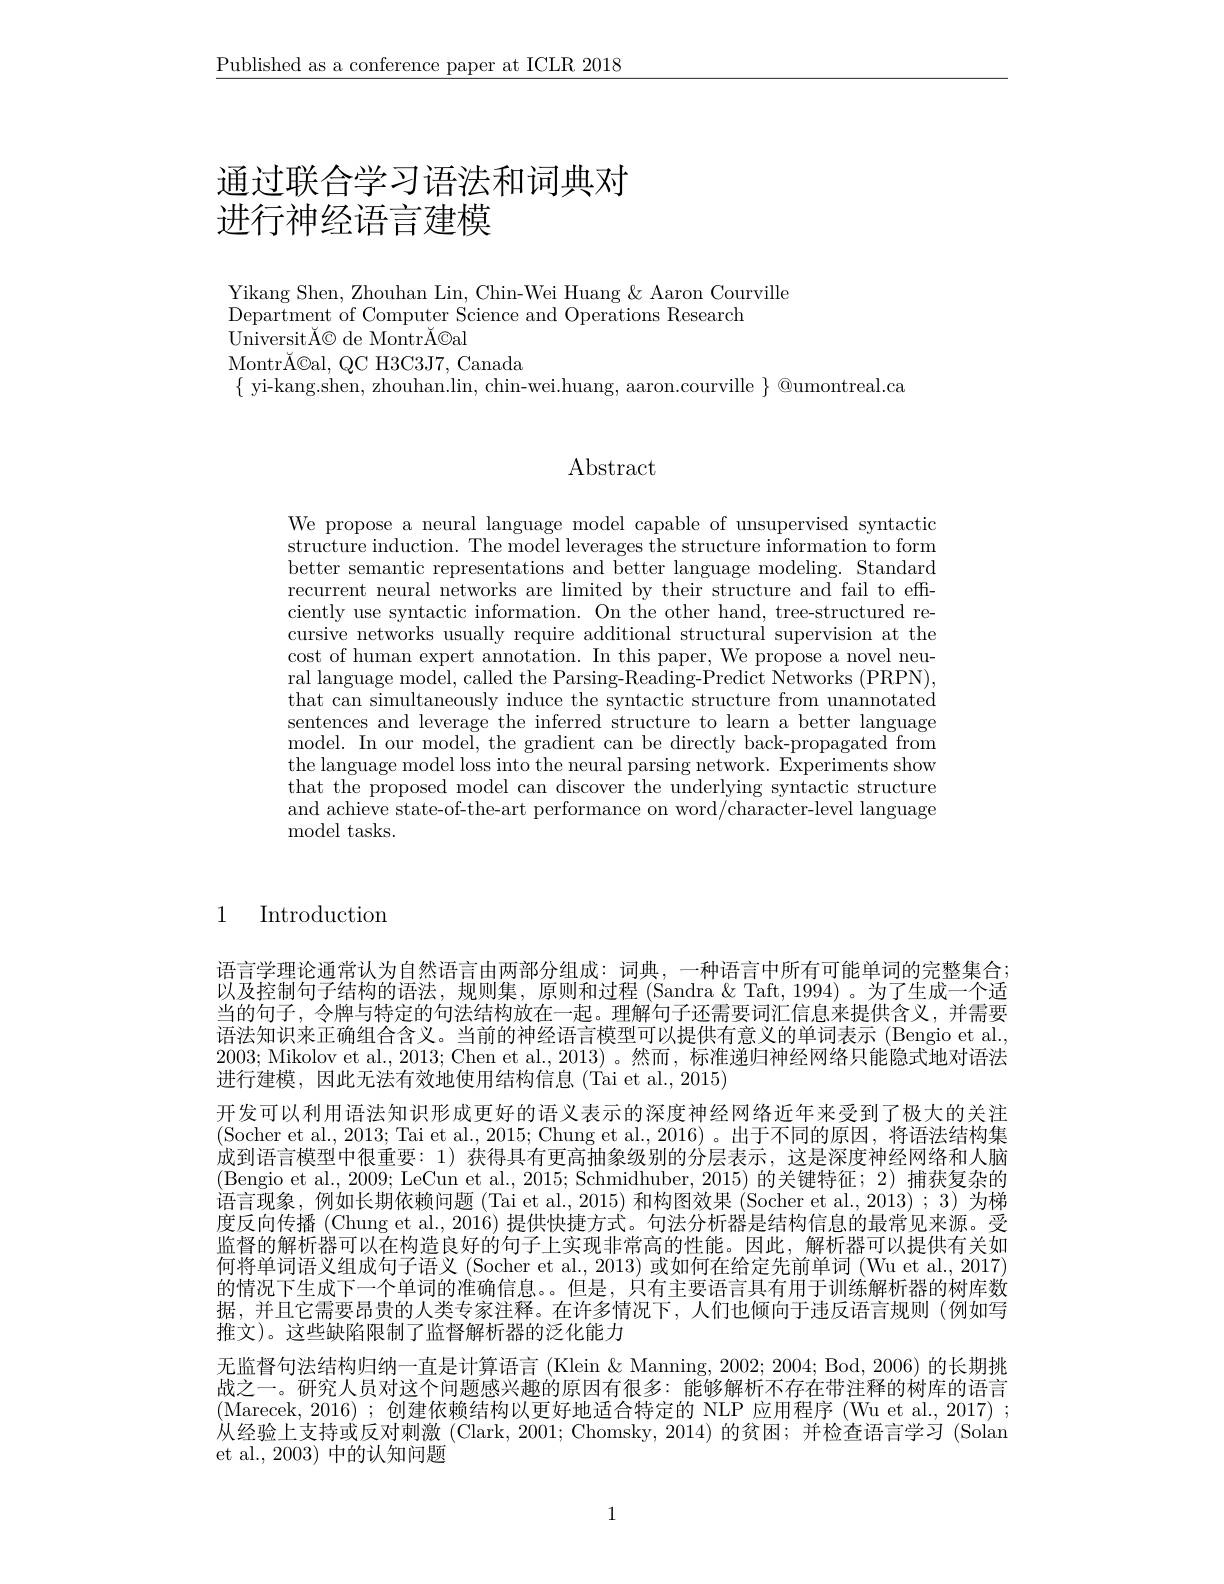
$\underline{\text{Published as a conference paper at ICLR 2018}}$

# 通过联合学习语法和词典对进行神经语言建模

Yikang Shen, Zhouhan Lin, Chin-Wei Huang & Aaron Courville
$\bar{\text{Department of Computer Science and Operations Research}}$
UniversitĂ© de MontrĂ©al
Montr$\tilde{A} ©$al, QCH3C3J7, Canada
$\{$ yi-kang.shen, zhouhan.lin, chin-wei.huang, aaron.courville $\}$ @umontreal.ca

# Abstract

We propose a neural language model capable of unsupervised syntactic $\dot{\text{structure induction. The model leverages the structure information to form}}$ better semantic representations and better language modeling. Standard recurrent neural networks are limited by their structure and fail to efficiently use syntactic information. On the other hand, tree-structured recursive networks usually require additional structural supervision at the cost of human expert annotation. In this paper, We propose a novel neural language model, called the Parsing-Reading-Predict Networks (PRPN), that can simultaneously induce the syntactic structure from unannotated sentences and leverage the inferred structure to learn a better language model. In our model, the gradient can be directly back-propagated from the language model loss into the neural parsing network. Experiments show that the proposed model can discover the underlying syntactic structure and achieve state-of-the-art performance on word/character-level language ${\mathrm{model~tasks.}}$

1 Introduction

语言学理论通常认为自然语言由两部分组成：词典，一种语言中所有可能单词的完整集合： 以及控制句子结构的语法，规则集，原则和过程 (Sandra &Taft,1994)。为了生成一个适当的句子，令牌与特定的句法结构放在一起。理解句子还需要词汇信息来提供含义，并需要语法知识来正确组合含义。当前的神经语言模型可以提供有意义的单词表示 (Bengio et al. 2003; Mikolov et al., 2013; Chen et al., 2013) 。然而 , 标准递归神经网络只能隐式地对语法进行建模，因此无法有效地使用结构信息(Tai et al.,2015)
开发可以利用语法知识形成更好的语义表示的深度神经网络近年来受到了极大的关注(Socher et al., 2013; Tai et al., 2015; Chung et al., 2016)。出于不同的原因，将语法结构集成到语言模型中很重要：1) 获得具有更高抽象级别的分层表示，这是深度神经网络和人脑(Bengio et al., 2009; LeCun et al., 2015; Schmidhuber, 2015) 的关键特征；2) 捕获复杂的语言现象，例如长期依赖问题(Tai et al., 2015) 和构图效果 (Socher et al., 2013); 3) 为梯度反向传播 (Chung et al., 2016) 提供快捷方式。句法分析器是结构信息的最常见来源。受监督的解析器可以在构造良好的句子上实现非常高的性能。因此，解析器可以提供有关如何将单词语义组成句子语义 (Socher et al., 2013) 或如何在给定先前单词 (Wu et al., 2017) 的情况下生成下一个单词的准确信息。。但是，只有主要语言具有用于训练解析器的树库数据，并且它需要昂贵的人类专家注释。在许多情况下，人们也倾向于违反语言规则(例如写推文)。这些缺陷限制了监督解析器的泛化能力
无监督句法结构归纳一直是计算语言 (Klein & Manning, 2002; 2004; Bod, 2006) 的长期挑战之一。研究人员对这个问题感兴趣的原因有很多：能够解析不存在带注释的树库的语言(Marecek,2016);创建依赖结构以更好地适合特定的 NLP 应用程序 (Wu et al., 2017) ; 从经验上支持或反对刺激(Clark, 2001; Chomsky, 2014) 的贫困；并检查语言学习 (Solan et al., 2003) 中的认知问题

1